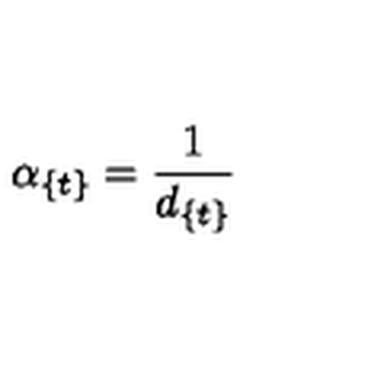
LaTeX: \alpha _ { \{ t \} } = { \frac { 1 } { d _ { \{ t \} } } }